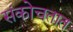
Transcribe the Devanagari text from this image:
संकोचतात